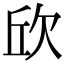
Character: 𣢥